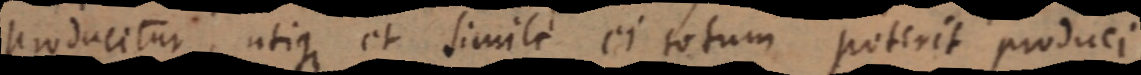
producitur, utique et simili et totum poterit produci